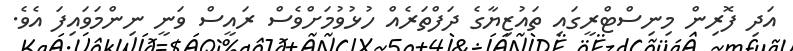
އަދި ފޮރިން މިނިސްޓްރީގައި ތައުޒިޔާގެ ދަފްތަރެއް ހުޅުވުމަށްވެސް ރައީސް ވަނީ ނިންމަވައިފަ އެވެ.